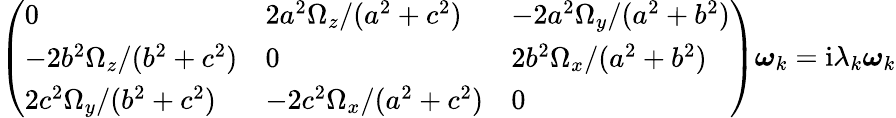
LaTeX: \left(\begin{array}{lll}{0}&{{2a^{2}\Omega_{z}}/{(a^{2}+c^{2})}}&{-{2a^{2}\Omega_{y}}/{(a^{2}+b^{2})}}\\ {-{2b^{2}\Omega_{z}}/{(b^{2}+c^{2})}}&{0}&{{2b^{2}\Omega_{x}}/{(a^{2}+b^{2})}}\\ {{2c^{2}\Omega_{y}}/{(b^{2}+c^{2})}}&{-{2c^{2}\Omega_{x}}/{(a^{2}+c^{2})}}&{0}\end{array}\right)\boldsymbol{\omega}_{k}=\mathrm{i}\lambda_{k}\boldsymbol{\omega}_{k}